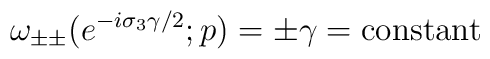
\omega_{\pm \pm} (e^{-i \sigma_3 \gamma/2}; p) = \pm \gamma = 	\mbox{constant}